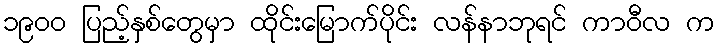
၁၉၀၀ ပြည့်နှစ်တွေမှာ ထိုင်းမြောက်ပိုင်း လန်နာဘုရင် ကာဝီလ က